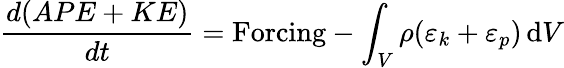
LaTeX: \frac{d(APE+KE)}{dt}=\mathrm{Forcing}-\int_{V}\rho(\varepsilon_{k}+\varepsilon_{p})\, \mathrm{d}V